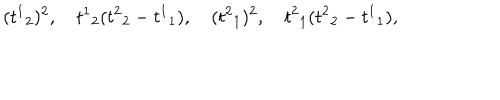
( { t ^ { 1 } } _ { 2 } ) ^ { 2 } , \quad { t ^ { 1 } } _ { 2 } ( { t ^ { 2 } } _ { 2 } - { t ^ { 1 } } _ { 1 } ) , \quad ( { t ^ { 2 } } _ { 1 } ) ^ { 2 } , \quad { t ^ { 2 } } _ { 1 } ( { t ^ { 2 } } _ { 2 } - { t ^ { 1 } } _ { 1 } ) ,